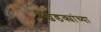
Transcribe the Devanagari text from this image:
खिडक्यांच्या